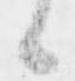
候